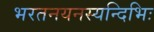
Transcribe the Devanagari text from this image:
भरतनयनस्यन्दिभिः